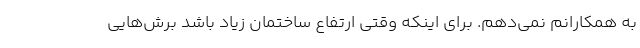
به همکارانم نمی‌دهم. برای اینکه وقتی ارتفاع ساختمان زیاد باشد برش‌هایی